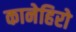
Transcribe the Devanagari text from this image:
कानेहिरो